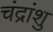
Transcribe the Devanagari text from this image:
चंद्रांशु